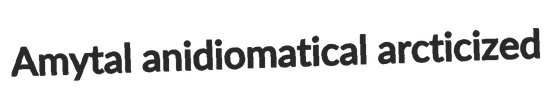
Amytal anidiomatical arcticized